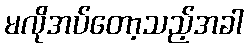
မလိုအပ်တော့သည့်အခါ